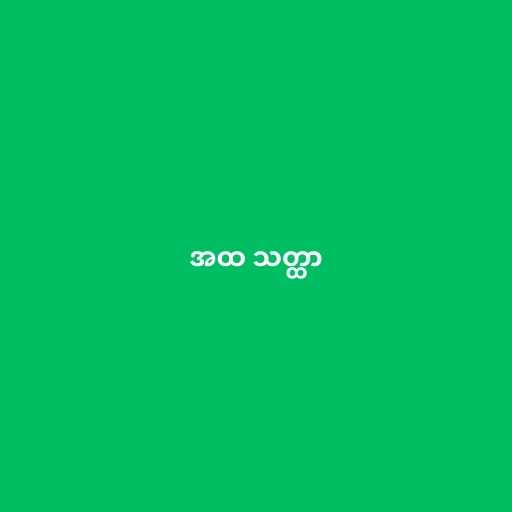
အထ သတ္ထာ